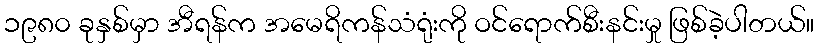
၁၉၈၀ ခုနှစ်မှာ အီရန်က အမေရိကန်သံရုံးကို ဝင်ရောက်စီးနင်းမှု ဖြစ်ခဲ့ပါတယ်။